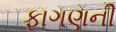
ફાગણની